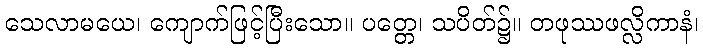
သေလာမယေ၊ ကျောက်ဖြင့်ပြီးသော။ ပတ္တေ၊ သပိတ်၌။ တဖုဿဖလ္လိကာနံ၊